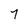
Character: 7